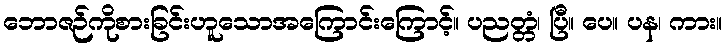
ဘောဇဉ်ကိုစားခြင်းဟူသောအကြောင်းကြောင့်။ ပညတ္တံ၊ ပြီ။ ပေ။ ပန၊ ကား။